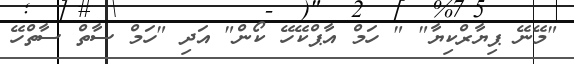
"މޭނޭ ޕިޔާރްކިޔާ" " ހަމް އާޕްކޭހޭ ކޯން" އަދި "ހަމް ސާތް ސާތްހޭ